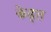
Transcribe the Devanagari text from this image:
केड्त